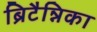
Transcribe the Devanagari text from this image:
ब्रिटैन्निका